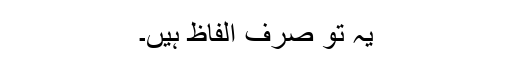
یہ تو صرف الفاظ ہیں۔